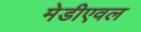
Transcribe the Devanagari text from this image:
मेडीएवल